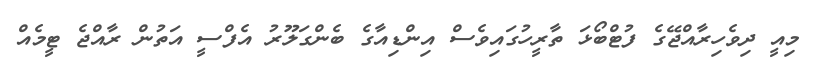
މިއީ ދިވެހިރާއްޖޭގެ ފުޓްބޯޅަ ތާރީހުގައިވެސް އިންޑިއާގެ ބެންގަލޫރު އެފްސީ އަތުން ރާއްޖެ ޓީމެއް